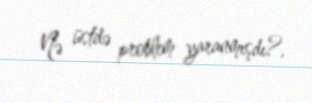
Nə üstdə problem yaranmışdı?.